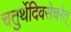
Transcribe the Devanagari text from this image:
चतुर्थेदिवसेचरेत्